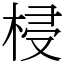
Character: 梫